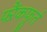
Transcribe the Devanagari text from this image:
फ्ऱैंकफ़ुर्त